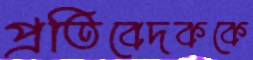
প্রতিবেদককে